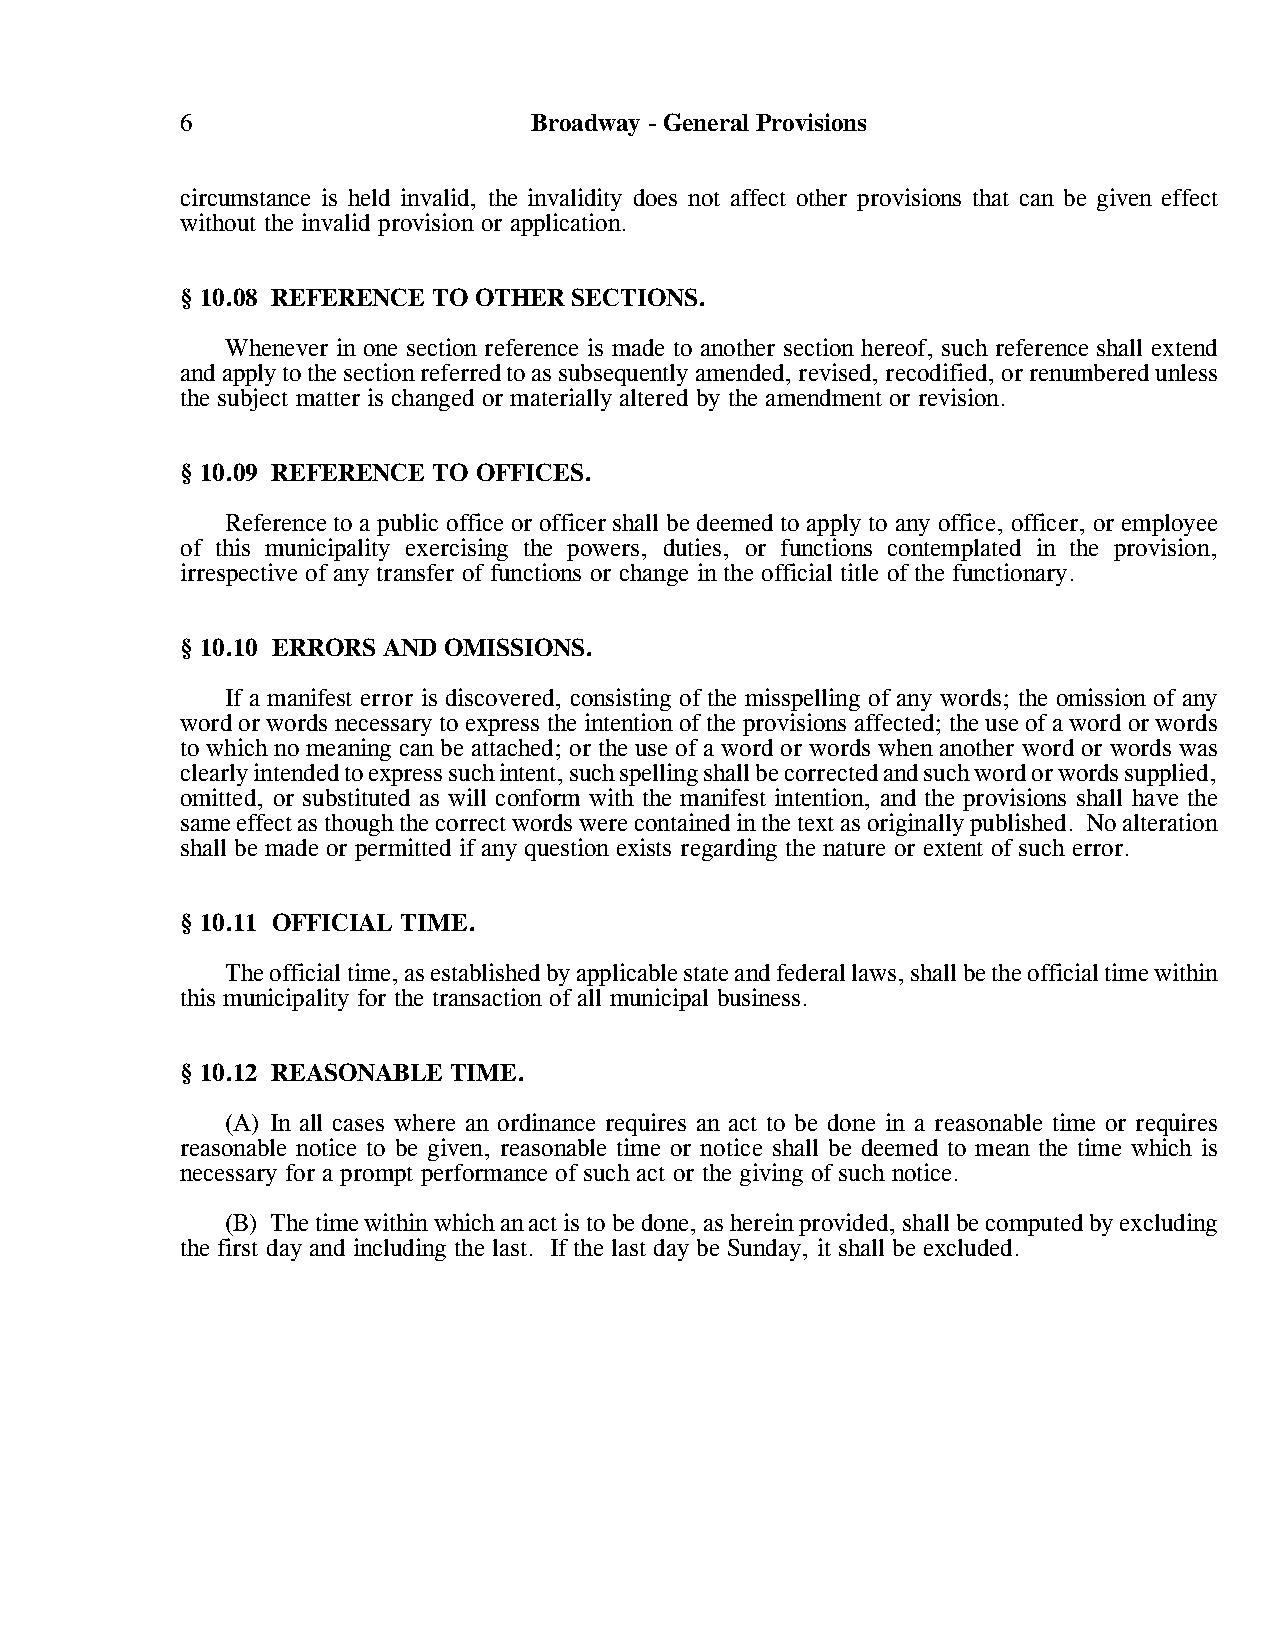
6                      Broadway - General Provisions
 circumstance is held invalid, the invalidity does not affect other provisions that can be given effect
 without the invalid provision or application.
 § 10.08 REFERENCE TO OTHER SECTIONS.
 Whenever in one section reference is made to another section hereof, such reference shall extend
 and apply to the section referred to as subsequently amended, revised, recodified, or renumbered unless
 the subject matter is changed or materially altered by the amendment or revision.
 § 10.09 REFERENCE TO OFFICES.
 Reference to a public office or officer shall be deemed to apply to any office, officer, or employee
 of this municipality exercising the powers, duties, or functions contemplated in the provision,
 irrespective of any transfer of functions or change in the official title of the functionary.
 § 10.10 ERRORS AND OMISSIONS.
 If a manifest error is discovered, consisting of the misspelling of any words; the omission of any
 word or words necessary to express the intention of the provisions affected; the use of a word or words
 to which no meaning can be attached; or the use of a word or words when another word or words was
 clearly intended to express such intent, such spelling shall be corrected and such word or words supplied,
 omitted, or substituted as will conform with the manifest intention, and the provisions shall have the
 same effect as though the correct words were contained in the text as originally published. No alteration
 shall be made or permitted if any question exists regarding the nature or extent of such error.
 § 10.11 OFFICIAL TIME.
 The official time, as established by applicable state and federal laws, shall be the official time within
 this municipality for the transaction of all municipal business.
 § 10.12 REASONABLE TIME.
 (A) In all cases where an ordinance requires an act to be done in a reasonable time or requires
 reasonable notice to be given, reasonable time or notice shall be deemed to mean the time which is
 necessary for a prompt performance of such act or the giving of such notice.
 (B) The time within which an act is to be done, as herein provided, shall be computed by excluding
 the first day and including the last. If the last day be Sunday, it shall be excluded.